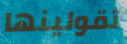
تقولينها